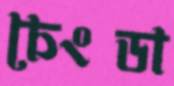
চেংডা